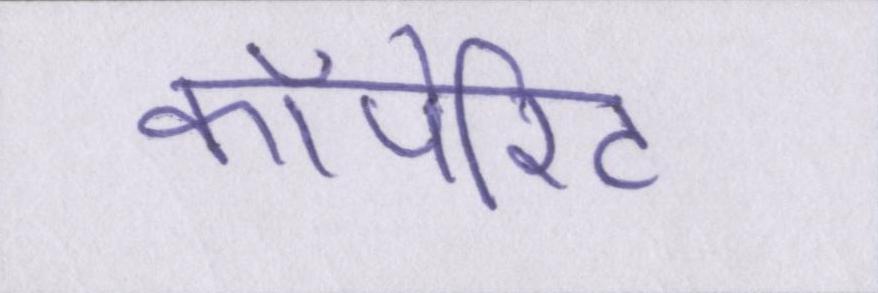
कॉर्पोरेट